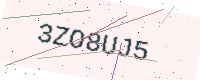
Text: 3ZO8UJ5